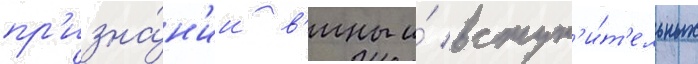
пр'изна́н'ии в'ины и́ вступ'и́т'ельных